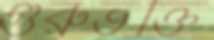
গুরুভক্তি